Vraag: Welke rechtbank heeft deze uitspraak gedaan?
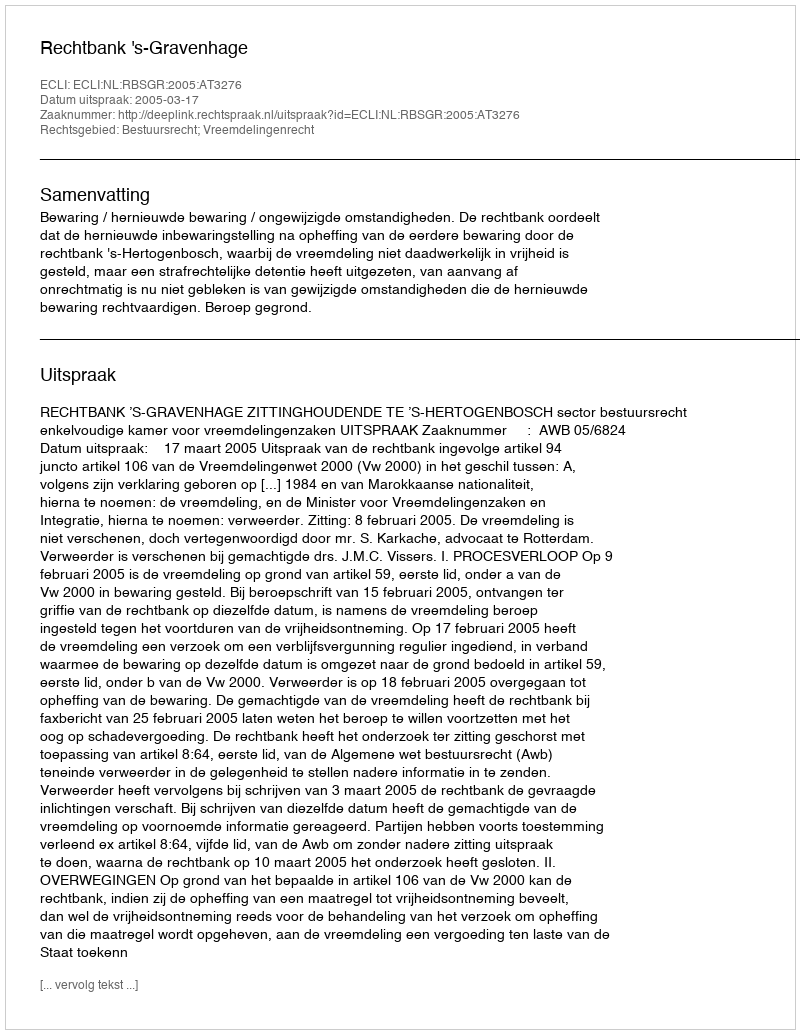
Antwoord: Rechtbank 's-Gravenhage